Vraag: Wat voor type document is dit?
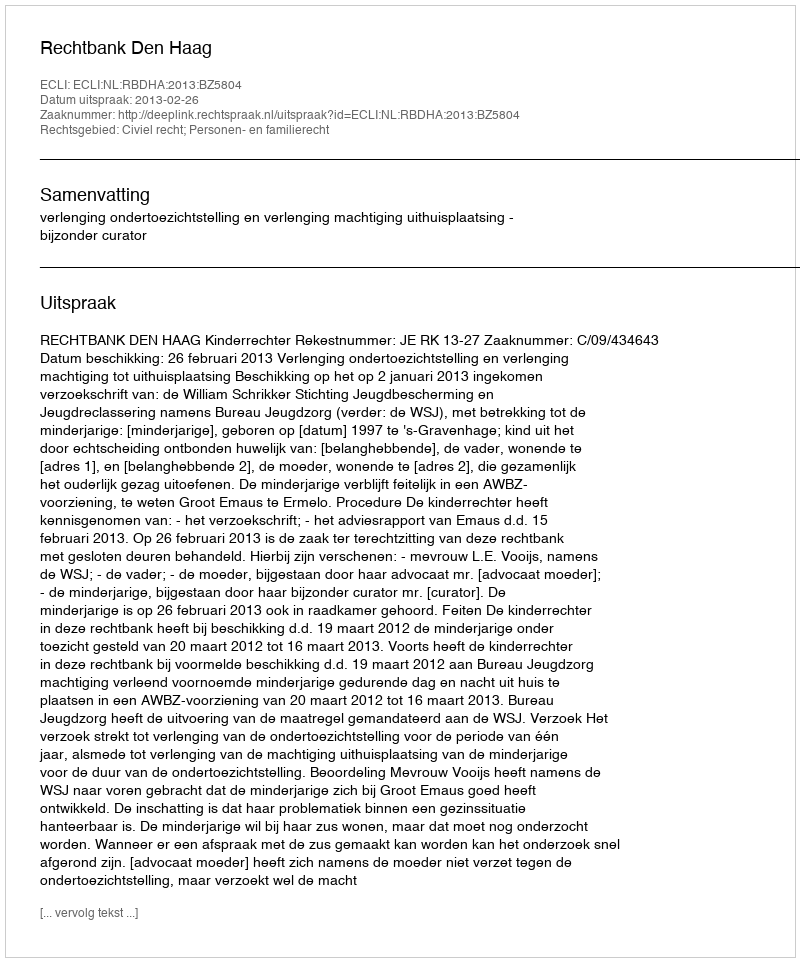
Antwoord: Uitspraak